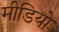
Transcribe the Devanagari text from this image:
मीडियो